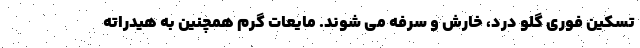
تسکین فوری گلو درد، خارش و سرفه می شوند. مایعات گرم همچنین به هیدراته